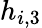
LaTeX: h_{i,3}